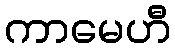
ကာမေဟီ